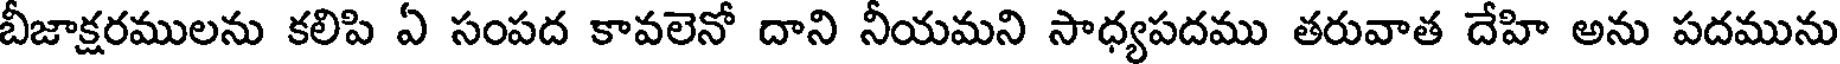
బీజాక్షరములను కలిపి ఏ సంపద కావలెనో దాని నీయమని సాధ్యపదము తరువాత దేహి అను పదమును